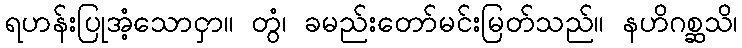
ရဟန်းပြုအံ့သောငှာ။ တွံ၊ ခမည်းတော်မင်းမြတ်သည်။ နဟိဂစ္ဆသိ၊